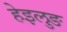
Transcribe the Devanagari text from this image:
हेइलुङ